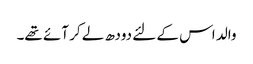
والد اس کے لئے دودھ لے کر آئے تھے۔